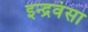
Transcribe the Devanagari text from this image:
इन्द्रवंसा